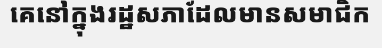
គេនៅក្នុងរដ្ឋសភាដែលមានសមាជិក